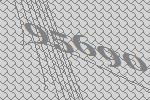
95690